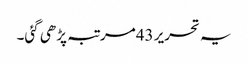
یہ تحریر 43مرتبہ پڑھی گئی۔